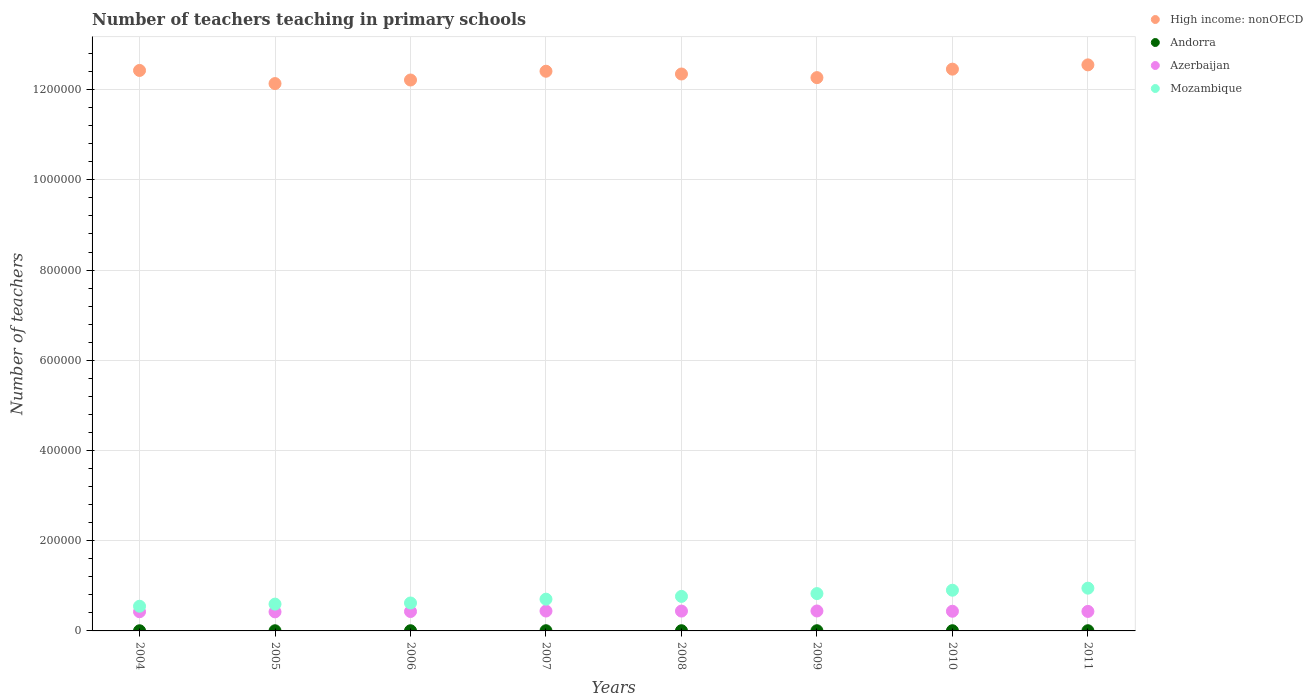
| Years | High income: nonOECD | Andorra | Azerbaijan | Mozambique |
 | --- | --- | --- | --- | --- |
 | 2004 | 1.24e+06 | 337 | 4.25e+04 | 5.47e+04 |
 | 2005 | 1.21e+06 | 356 | 4.22e+04 | 5.94e+04 |
 | 2006 | 1.22e+06 | 413 | 4.3e+04 | 6.19e+04 |
 | 2007 | 1.24e+06 | 432 | 4.41e+04 | 7.04e+04 |
 | 2008 | 1.23e+06 | 448 | 4.4e+04 | 7.66e+04 |
 | 2009 | 1.23e+06 | 433 | 4.42e+04 | 8.28e+04 |
 | 2010 | 1.25e+06 | 453 | 4.36e+04 | 9.02e+04 |
 | 2011 | 1.25e+06 | 433 | 4.32e+04 | 9.48e+04 |